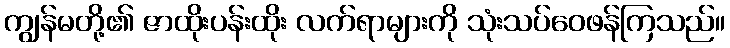
ကျွန်မတို့၏ ဇာထိုးပန်းထိုး လက်ရာများကို သုံးသပ်ဝေဖန်ကြသည်။